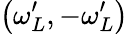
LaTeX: \left(\omega_{L}^{\prime},-\omega_{L}^{\prime}\right)